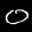
Label: 0